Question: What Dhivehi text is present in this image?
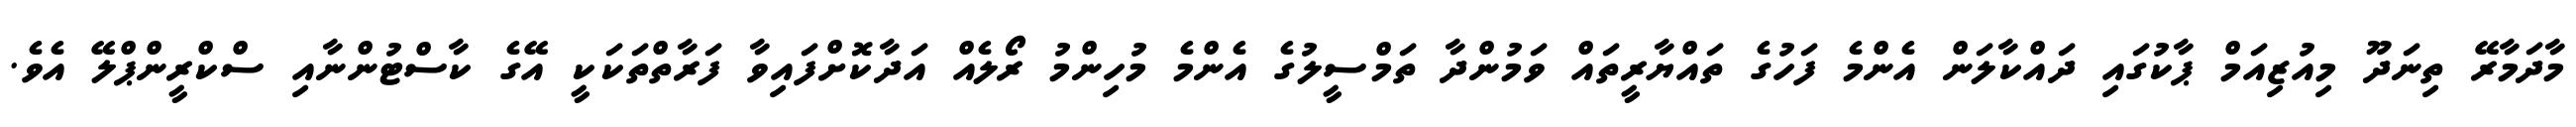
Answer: މާދަމާރޭ ތިނަދޫ މިއުޒިއަމް ޕާކުގައި ދައްކާލަން އެންމެ ފަހުގެ ތައްޔާރީތައް ވަމުންދާ ތަމްސީލުގެ އެންމެ މުހިންމު ރޯލެއް އަދާކޮށްފައިވާ ފަރާތްތަކަކީ އޭގެ ކާސްޓުންނާއި ސްކްރީންޕްލޭ އެވެ.